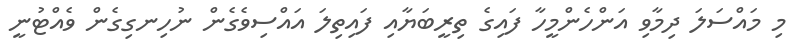
މި މައްސަލަ ދިމާވި އަންހެންމީހާ ފައިގެ ތިރީބަޔާއި ފައިތިލަ އައްސިވެގެން ނުހިނގިގެން ވެއްޓުނީ